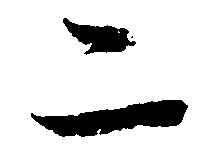
二